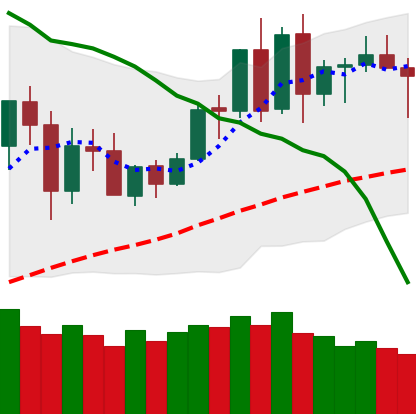
Ticker: BNB-USD
Chart end date: 2020-06-07
Forward return: -4.459%
Label: down_3_5